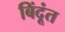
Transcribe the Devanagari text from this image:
बिंदूंत